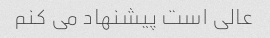
عالی است پیشنهاد می کنم